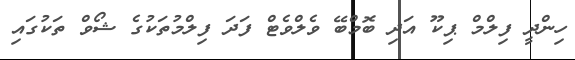
ހިންދީ ފިލްމް ޕިކޫ އަދި ބޮމްބޭ ވެލްވެޓް ފަދަ ފިލްމުތަކުގެ ޝޯވް ތަކުގައި